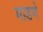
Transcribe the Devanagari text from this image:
माडणे